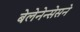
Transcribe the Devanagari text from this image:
बेलेनेन्सेसने